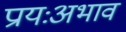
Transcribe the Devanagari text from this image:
प्रायःअभाव